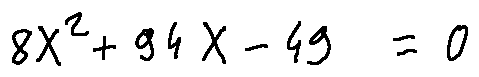
8 X ^ { 2 } + 9 4 X - 4 9 = 0